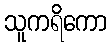
သူကရိကော